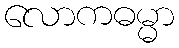
လောကဓမ္မာ